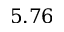
5 . 7 6